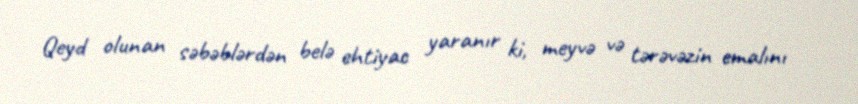
Qeyd olunan səbəblərdən belə ehtiyac yaranır ki, meyvə və tərəvəzin emalını